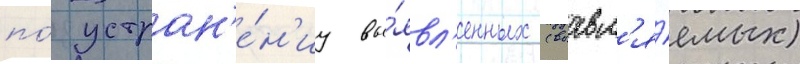
по́ устран'е́н'иу вы́явл'енных (выавл'я́емых)